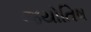
જયોતિષ